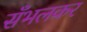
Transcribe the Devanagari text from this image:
सँभलकर